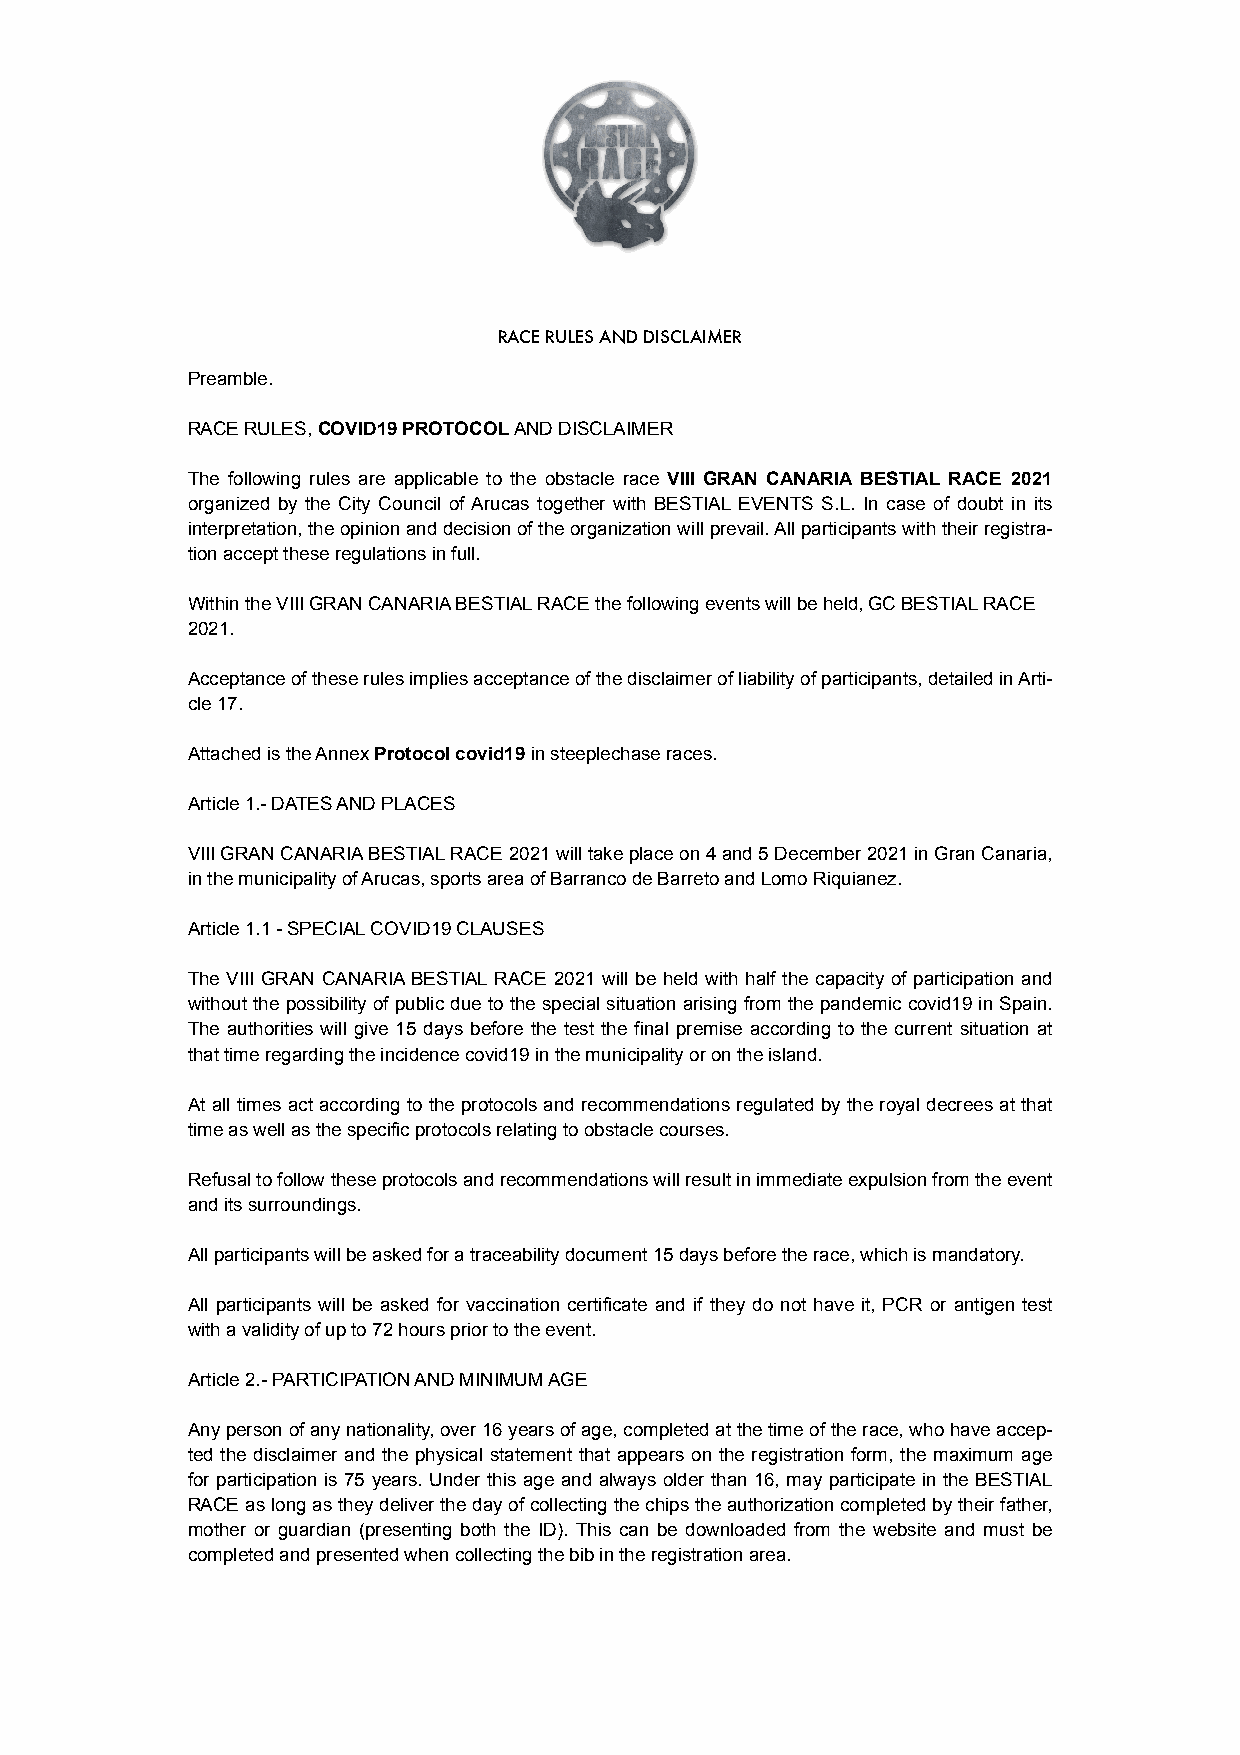
RACE RULES AND DISCLAIMER
 Preamble.
 RACE RULES, COVID19 PROTOCOL AND DISCLAIMER
 The following rules are applicable to the obstacle race VIII GRAN CANARIA BESTIAL RACE 2021
 organized by the City Council of Arucas together with BESTIAL EVENTS S.L. In case of doubt in its
 interpretation, the opinion and decision of the organization will prevail. All participants with their registra-
 tion accept these regulations in full.
 Within the VIII GRAN CANARIA BESTIAL RACE the following events will be held, GC BESTIAL RACE
 2021.
 Acceptance of these rules implies acceptance of the disclaimer of liability of participants, detailed in Arti-
 cle 17.
 Attached is the Annex Protocol covid19 in steeplechase races.
 Article 1.- DATES AND PLACES
 VIII GRAN CANARIA BESTIAL RACE 2021 will take place on 4 and 5 December 2021 in Gran Canaria,
 in the municipality of Arucas, sports area of Barranco de Barreto and Lomo Riquianez.
 Article 1.1 - SPECIAL COVID19 CLAUSES
 The VIII GRAN CANARIA BESTIAL RACE 2021 will be held with half the capacity of participation and
 without the possibility of public due to the special situation arising from the pandemic covid19 in Spain.
 The authorities will give 15 days before the test the final premise according to the current situation at
 that time regarding the incidence covid19 in the municipality or on the island.
 At all times act according to the protocols and recommendations regulated by the royal decrees at that
 time as well as the specific protocols relating to obstacle courses.
 Refusal to follow these protocols and recommendations will result in immediate expulsion from the event
 and its surroundings.
 All participants will be asked for a traceability document 15 days before the race, which is mandatory.
 All participants will be asked for vaccination certificate and if they do not have it, PCR or antigen test
 with a validity of up to 72 hours prior to the event.
 Article 2.- PARTICIPATION AND MINIMUM AGE
 Any person of any nationality, over 16 years of age, completed at the time of the race, who have accep-
 ted the disclaimer and the physical statement that appears on the registration form, the maximum age
 for participation is 75 years. Under this age and always older than 16, may participate in the BESTIAL
 RACE as long as they deliver the day of collecting the chips the authorization completed by their father,
 mother or guardian (presenting both the ID). This can be downloaded from the website and must be
 completed and presented when collecting the bib in the registration area.